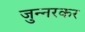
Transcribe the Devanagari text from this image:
जुन्‍नरकर